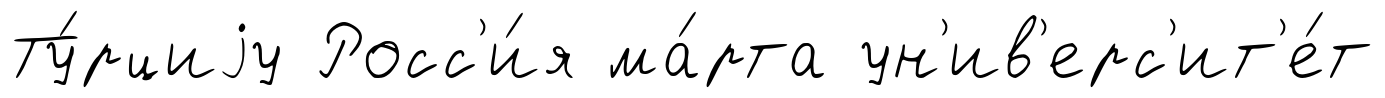
Ту́рциjу Росс'и́я ма́рта ун'ив'ерс'ит'е́т